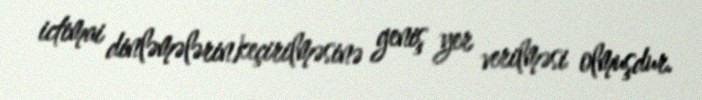
ictimai dinləmələrin keçirilməsinə geniş yer verilməsi olmuşdur.